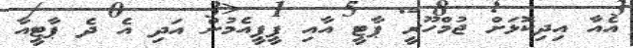
އެއާ އިދިކޮޅަށް ޖުމްހޫރީ ޕާޓީ އާއި ޕީޕީއެމުން އަދި އެ ދެ ޕާޓީއާ